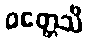
ဝတ္တေသိ